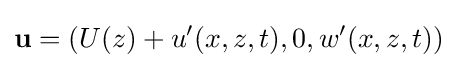
\mathbf {u} =\left(U(z)+u'(x,z,t),0,w'(x,z,t)\right)